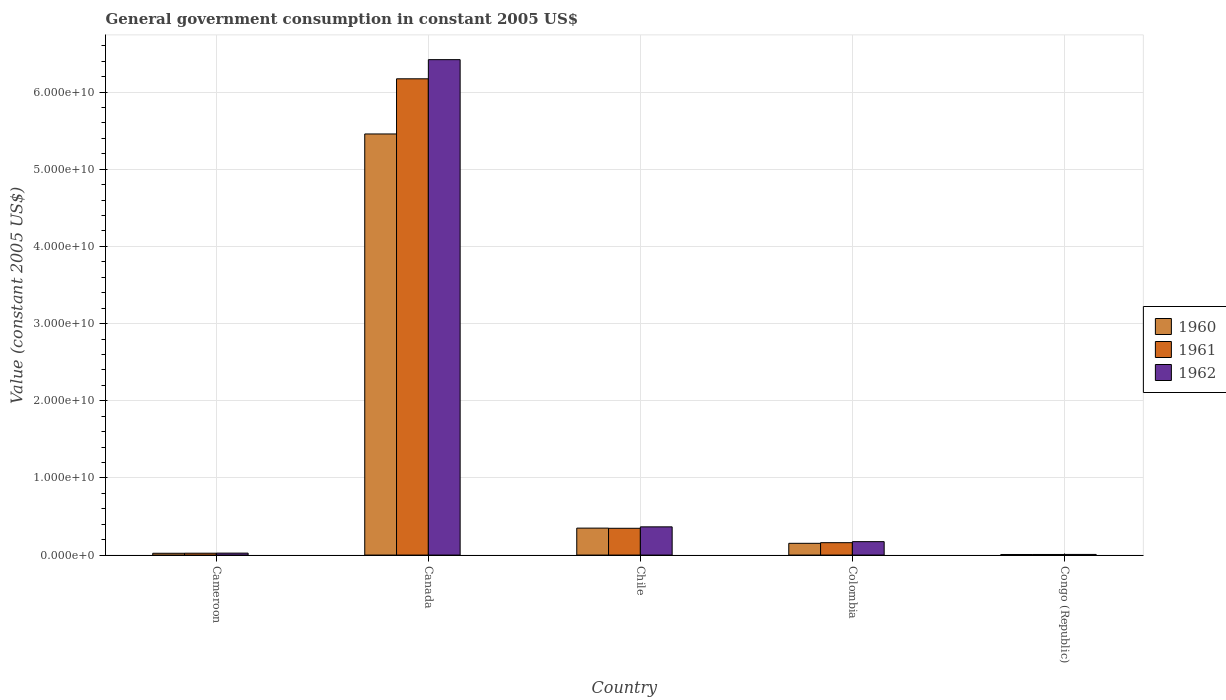
| Country | 1960 | 1961 | 1962 |
 | --- | --- | --- | --- |
 | Cameroon | 2.33e+08 | 2.41e+08 | 2.54e+08 |
 | Canada | 5.46e+10 | 6.17e+10 | 6.42e+10 |
 | Chile | 3.49e+09 | 3.47e+09 | 3.66e+09 |
 | Colombia | 1.52e+09 | 1.61e+09 | 1.74e+09 |
 | Congo (Republic) | 7.44e+07 | 7.67e+07 | 8.33e+07 |